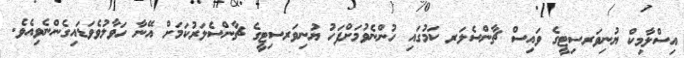
އިސްލާމިކް ޔުނިވަރސިޓީގެ ވައިސް ޗާންސެލަރ ކަމުގައި ހުންނެވުމަށްފަހު ޔުނިވަރސިޓީގެ ޗާންސެލަރުކަމަށް އޭނާ ހަވާލުވެވަޑައިގެންނެވިއެވެ.